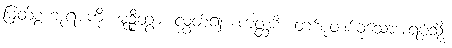
မြတ်စွာဘုရားကို။ မုဉ္စိတွာ၊ လွှတ်၍။ ကတ္ထစိ၊ တစ်စုံတစ်ခုသောအရပ်သို့။